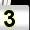
Digit: 3